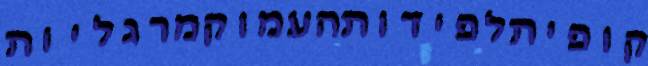
קופיתלפידותהעמוקמרגליות